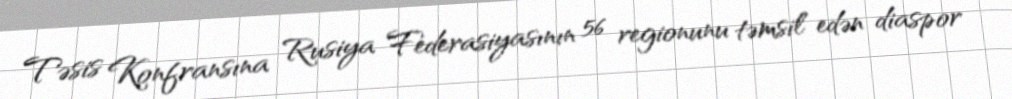
Təsis Konfransına Rusiya Federasiyasının 56 regionunu təmsil edən diaspor